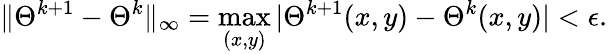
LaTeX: \| \Theta^{k+1}-\Theta^{k}\| _{\infty}=\operatorname*{max}_{(x,y)}|\Theta^{k+1}(x,y)-\Theta^{k}(x,y)|<\epsilon.